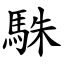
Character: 駯